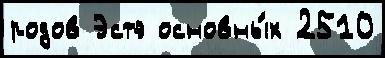
родов Эстэ основны́х 2510